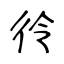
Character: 彾